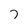
Character: 7